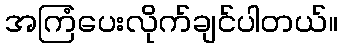
အကြံပေးလိုက်ချင်ပါတယ်။